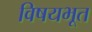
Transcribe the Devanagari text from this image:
विषयभूत